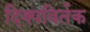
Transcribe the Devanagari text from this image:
दिक्पविर्तक